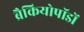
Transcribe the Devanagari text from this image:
ब्रैकियोपॉडों